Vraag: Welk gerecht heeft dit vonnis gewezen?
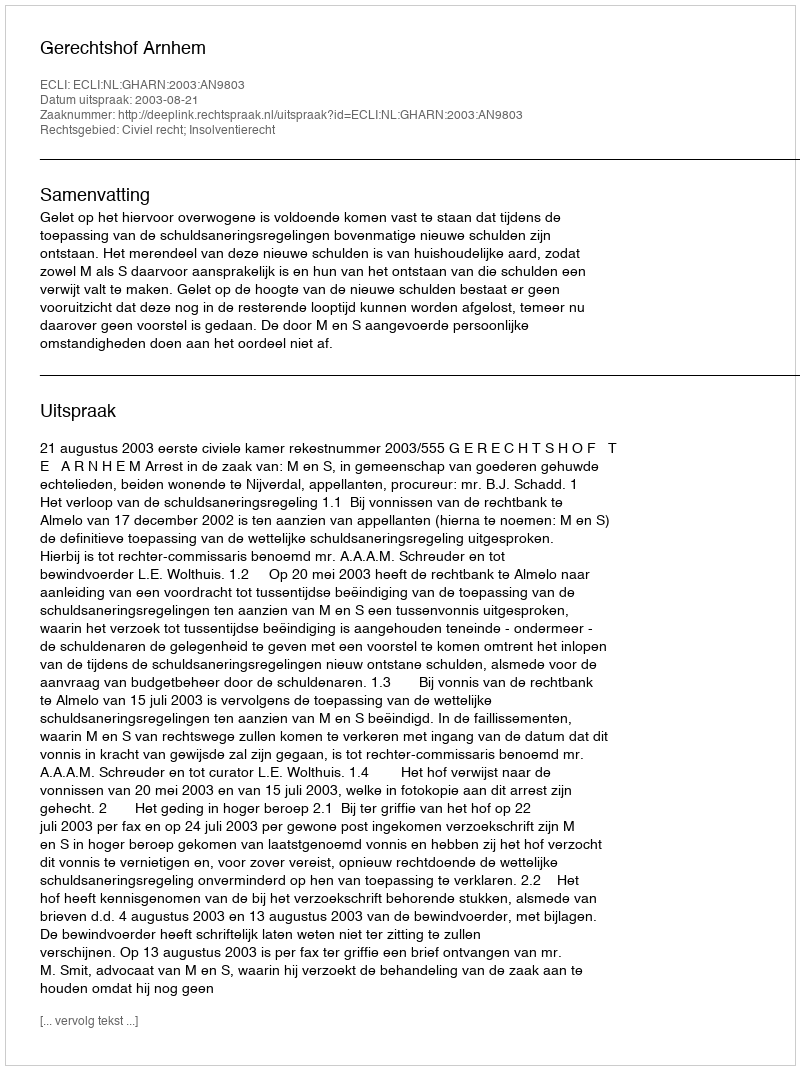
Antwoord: Gerechtshof Arnhem